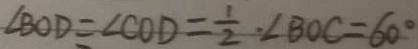
\angle B O D = \angle C O D = \frac { 1 } { 2 } \cdot \angle B O C = 6 0 ^ { \circ }